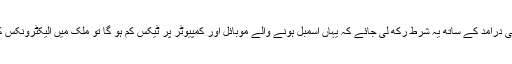
اسی طرح موبائل فون اور کمپیوٹر کی درآمد کے ساتھ یہ شرط رکھ لی جائے کہ یہاں اسمبل ہونے والے موبائل اور کمپیوٹر پر ٹیکس کم ہو گا تو ملک میں الیکٹرونکس کی صنعت کی داغ بیل پڑ جائے گی۔